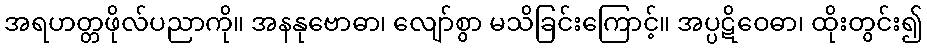
အရဟတ္တဖိုလ်ပညာကို။ အနနုဗောဓာ၊ လျော်စွာ မသိခြင်းကြောင့်။ အပ္ပဋိဝေဓာ၊ ထိုးတွင်း၍